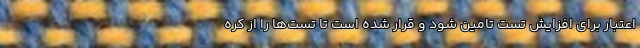
اعتبار برای افزایش تست تامین شود و قرار شده است تا تست‌ها را از کره